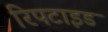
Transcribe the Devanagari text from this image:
रिपटाइड